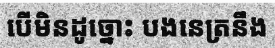
បើមិនដូច្នោះ បងនេត្រនឹង